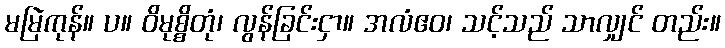
မမြဲကုန်။ ပ။ ဝိမုစ္စိတုံ၊ လွန်ခြင်းငှာ။ အလံဧဝ၊ သင့်သည် သာလျှင် တည်း။